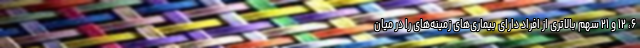
۶، ۱۲ و ۲۱ سهم بالاتری از افراد دارای بیماری‌های زمینه‌های را در میان